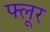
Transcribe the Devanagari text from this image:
फ्लूर